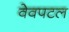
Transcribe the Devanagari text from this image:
वेवपटल